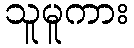
သူမူကား